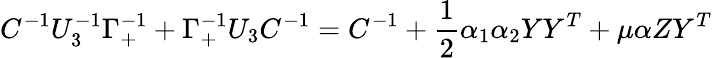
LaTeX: C^{-1}U_{3}^{-1}\Gamma_{+}^{-1}+\Gamma_{+}^{-1}U_{3}C^{-1}=C^{-1}+{\frac{1}{2}}\alpha_{1}\alpha_{2}YY^{T}+\mu\alpha ZY^{T}